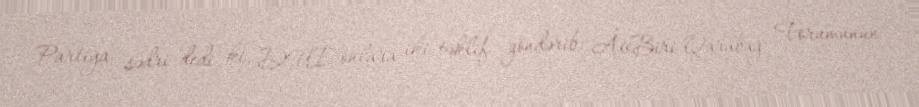
Partiya sədri dedi ki, DUİ onlara iki təklif göndərib: Â«Biri Qarabağ Forumunun